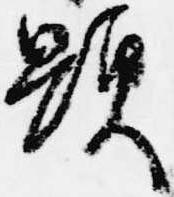
顕